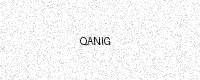
Text: QANIG